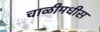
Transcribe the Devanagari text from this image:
चाळीमधीस